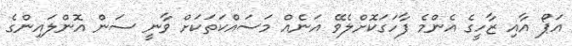
އަޕޯ އާއި ޒާހީގެ އެންމެ ފާހަގަކޮށްލެވޭ އަނެއް މަސައްކަތަކަށް ވާނީ ސަން އޮންލައިންގެ